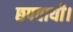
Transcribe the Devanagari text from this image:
छपवायी।